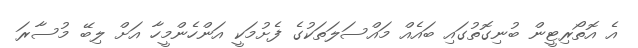
އެ އޮތޯރިޓީން ބުނިގޮތުގައި ބައެއް މައްސަލަތަކުގެ ފެށުމަކީ އަންހެންމީހާ އަށް ލިބޭ މުސާރަ